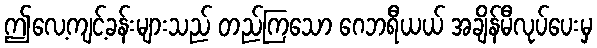
ဤလေ့ကျင့်ခန်းများသည် တည်ကြသော ဂေဘရီယယ် အချိန်မီလုပ်ပေးမှ